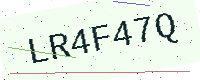
Text: LR4F47Q